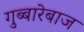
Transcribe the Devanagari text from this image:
गुब्बारेबाज